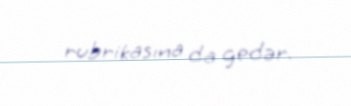
rubrikasına da gedər.